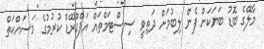
މާލޭގެ ބޮޑު ބަޔަކަށް ފެން ލިބުމަށް ދަތިވީ ސިސްޓަމްތައް އަޕްގްރޭޑް ކުރުމުގެ މަސައްކަތް